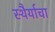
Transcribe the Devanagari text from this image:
स्थैर्याचा